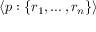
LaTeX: \langle p : \{ r _ { 1 } , \ldots , r _ { n } \} \rangle